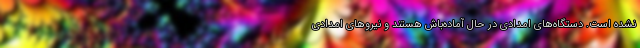
نشده است. دستگاه‌های امدادی در حال آماده‌باش هستند و نیروهای امدادی